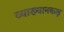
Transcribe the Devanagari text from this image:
व्याख्यानकक्ष